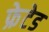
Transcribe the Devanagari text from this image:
फ्रेटेड